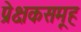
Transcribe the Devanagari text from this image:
प्रेक्षकसमूह